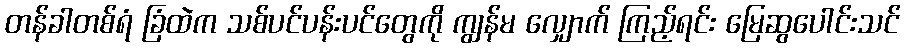
တန်ခါတစ်ရံ ခြံထဲက သစ်ပင်ပန်းပင်တွေကို ကျွန်မ လျှောက် ကြည့်ရင်း မြေဆွပေါင်းသင်